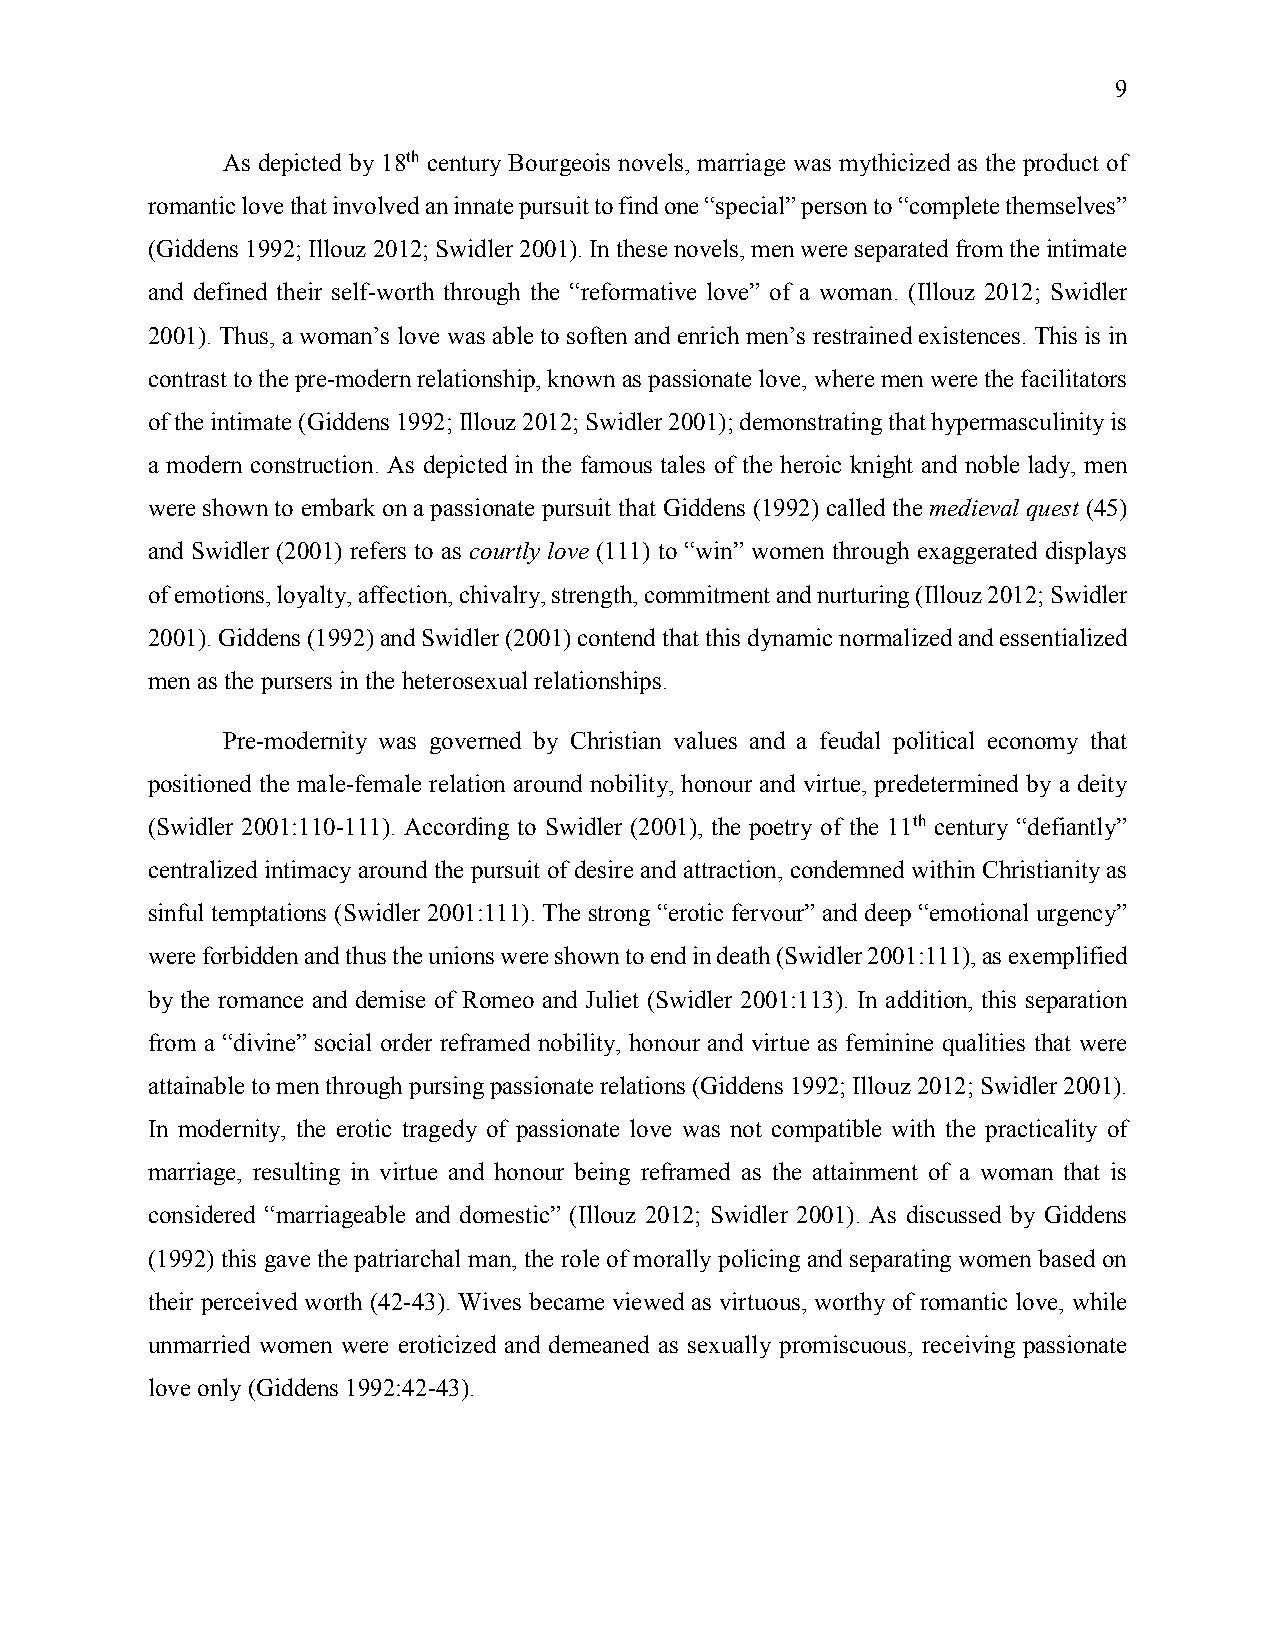
9
 As depicted by 18th century Bourgeois novels, marriage was mythicized as the product of
 romantic love that involved an innate pursuit to find one “special” person to “complete themselves”
 (Giddens 1992; Illouz 2012; Swidler 2001). In these novels, men were separated from the intimate
 and defined their self-worth through the “reformative love” of a woman. (Illouz 2012; Swidler
 2001). Thus, a woman’s love was able to soften and enrich men’s restrained existences. This is in
 contrast to the pre-modern relationship, known as passionate love, where men were the facilitators
 of the intimate (Giddens 1992; Illouz 2012; Swidler 2001); demonstrating that hypermasculinity is
 a modern construction. As depicted in the famous tales of the heroic knight and noble lady, men
 were shown to embark on a passionate pursuit that Giddens (1992) called the medieval quest (45)
 and Swidler (2001) refers to as courtly love (111) to “win” women through exaggerated displays
 of emotions, loyalty, affection, chivalry, strength, commitment and nurturing (Illouz 2012; Swidler
 2001). Giddens (1992) and Swidler (2001) contend that this dynamic normalized and essentialized
 men as the pursers in the heterosexual relationships.
 Pre-modernity was governed by Christian values and a feudal political economy that
 positioned the male-female relation around nobility, honour and virtue, predetermined by a deity
 (Swidler 2001:110-111). According to Swidler (2001), the poetry of the 11th century “defiantly”
 centralized intimacy around the pursuit of desire and attraction, condemned within Christianity as
 sinful temptations (Swidler 2001:111). The strong “erotic fervour” and deep “emotional urgency”
 were forbidden and thus the unions were shown to end in death (Swidler 2001:111), as exemplified
 by the romance and demise of Romeo and Juliet (Swidler 2001:113). In addition, this separation
 from a “divine” social order reframed nobility, honour and virtue as feminine qualities that were
 attainable to men through pursing passionate relations (Giddens 1992; Illouz 2012; Swidler 2001).
 In modernity, the erotic tragedy of passionate love was not compatible with the practicality of
 marriage, resulting in virtue and honour being reframed as the attainment of a woman that is
 considered “marriageable and domestic” (Illouz 2012; Swidler 2001). As discussed by Giddens
 (1992) this gave the patriarchal man, the role of morally policing and separating women based on
 their perceived worth (42-43). Wives became viewed as virtuous, worthy of romantic love, while
 unmarried women were eroticized and demeaned as sexually promiscuous, receiving passionate
 love only (Giddens 1992:42-43).